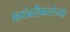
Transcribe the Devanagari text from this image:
कादंबरीकारांच्या